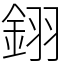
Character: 𨦫